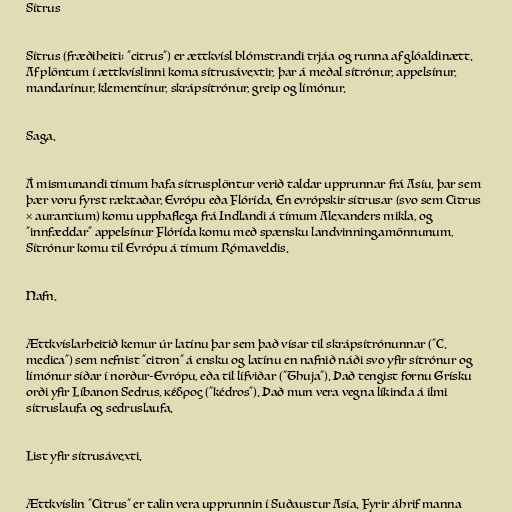
Sítrus

Sítrus (fræðiheiti: "citrus") er ættkvísl blómstrandi trjáa og runna af glóaldinætt.
Af plöntum í ættkvíslinni koma sítrusávextir, þar á meðal sítrónur, appelsínur,
mandarínur, klementínur, skrápsítrónur, greip og límónur.

Saga.

Á mismunandi tímum hafa sítrusplöntur verið taldar upprunnar frá Asíu, þar sem
þær voru fyrst ræktaðar, Evrópu eða Flórída. En evrópskir sítrusar (svo sem Citrus
× aurantium) komu upphaflega frá Indlandi á tímum Alexanders mikla, og
"innfæddar" appelsínur Flórída komu með spænsku landvinningamönnunum,
Sítrónur komu til Evrópu á tímum Rómaveldis.

Nafn.

Ættkvíslarheitið kemur úr latínu þar sem það vísar til skrápsítrónunnar ("C.
medica") sem nefnist "citron" á ensku og latínu en nafnið náði svo yfir sítrónur og
límónur síðar í norður-Evrópu, eða til lífviðar ("Thuja"). Það tengist fornu Grísku
orði yfir Líbanon Sedrus, κέδρος ("kédros"). Það mun vera vegna líkinda á ilmi
sítruslaufa og sedruslaufa.

List yfir sítrusávexti.

Ættkvíslin "Citrus" er talin vera upprunnin í Suðaustur Asía. Fyrir áhrif manna